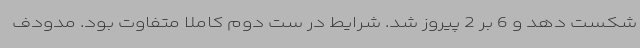
شکست دهد و 6 بر 2 پیروز شد. شرایط در ست دوم کاملا متفاوت بود. مدودف